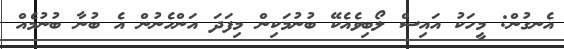
އެނގުން: މީހަކު އައިސް ލޯބިވެއެކޭ ބުނުމަކިން މިފަދަ އަންހެނުން އެ ބުނާ ބުނުމެއް